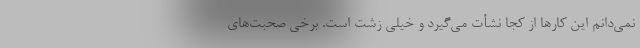
نمی‌دانم این کارها از کجا نشأت می‌گیرد و خیلی زشت است. برخی صحبت‌های